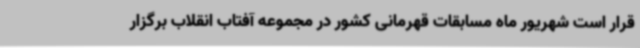
قرار است شهریور ماه مسابقات قهرمانی کشور در مجموعه آفتاب انقلاب برگزار